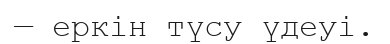
— еркін түсу үдеуі.